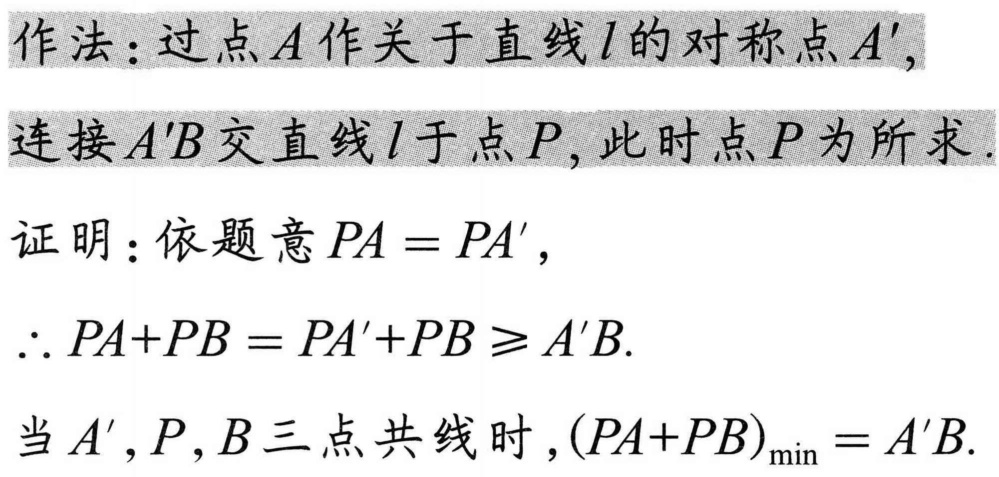
作法：过点\(A\)作关于直线\(l\)的对称点\(A'\)，
连接\(A'B\)交直线\(l\)于点\(P\)，此时点\(P\)为所求．
证明：依题意\(PA = PA'\)，
\(\therefore PA + PB = PA'+PB\geq A'B\).
当\(A'\)，\(P\)，\(B\)三点共线时，\((PA + PB)_{\min}=A'B\).